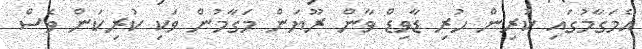
އެމަގާމުގައި ކުރިން ހުރި ޑާވިޑް ވާން ރޫޔަން މަގާމުން ވަކި ކުރިކަން ވެސް